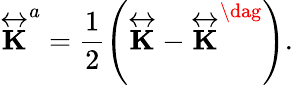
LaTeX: \overleftrightarrow{\mathbf{K}}^{a}=\frac{1}{2}\left(\overleftrightarrow{\mathbf{K}}-\overleftrightarrow{\mathbf{K}}^{\dag}\right).